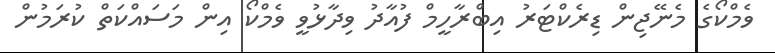
ވެމްކޯގެ މެނޭޖިން ޑިރެކްޓަރު އިބްރާހީމް ފުއާދު ވިދާޅުވީ ވެމްކޯ އިން މަސައްކަތް ކުރަމުން